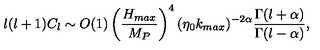
l ( l + 1 ) C _ { l } \sim O ( 1 ) \left( { \frac { H _ { m a x } } { M _ { P } } } \right) ^ { 4 } ( \eta _ { 0 } k _ { m a x } ) ^ { - 2 \alpha } { \frac { \Gamma ( l + \alpha ) } { \Gamma ( l - \alpha ) } } ,